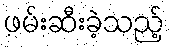
ဖမ်းဆီးခဲ့သည့်